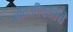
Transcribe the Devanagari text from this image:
नवजीवनाचे